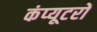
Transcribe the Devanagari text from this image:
कंप्‍यूटरों